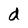
Character: d